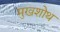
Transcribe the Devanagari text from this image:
मुखशोथ